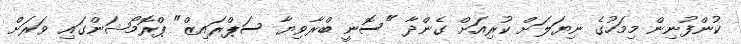
ކުންފުނިން މިމަހުގެ ނިޔަލަށް ކުރިއަށް ގެންދާ "ސޮނީ ބްރާވިޔާ ސަޕްރައިޒް" ޕްރޮމޯޝަންގައި ވަރަށް